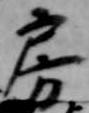
房